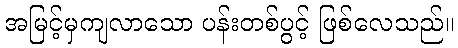
အမြင့်မှကျလာသော ပန်းတစ်ပွင့် ဖြစ်လေသည်။